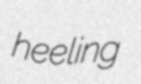
heeling